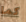
كما